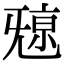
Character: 𣄷